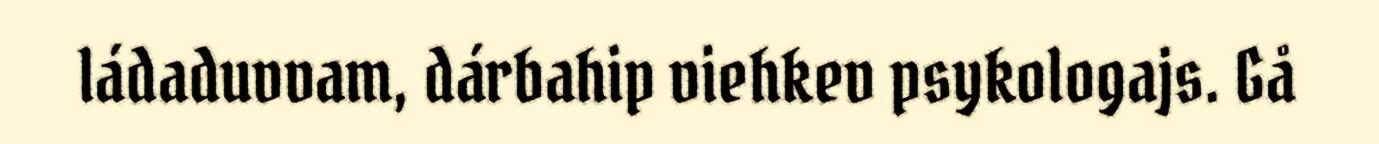
ládaduvvam, dárbahip viehkev psykologajs. Gå